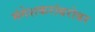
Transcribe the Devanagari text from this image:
मंगेशकरांबरोबर